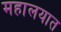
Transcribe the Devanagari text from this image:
महालयात